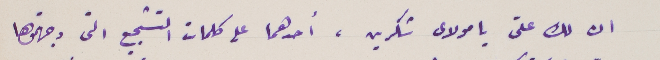
ان لك علىّ يا مولاي شكرين، أحدهما على كلمات التشجيع التى وجهتموها